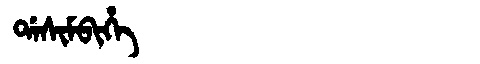
Manchu: ᡩᠠᠰᡳᠮᠪᡳᡥᡝ
Romanization: DASIMBIHE